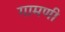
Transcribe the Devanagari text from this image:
गामणी